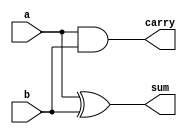
//////////////////////////////////////////////////////////////////////////////////
//Designer: Shreyansh Promud Jain
// Design Name:Half Adder 
// Module Name:half_adder
// Project Name: Half_Adder
// Description: Designing a simple 2 bit adder known as Half Adder
//////////////////////////////////////////////////////////////////////////////////

module half_adder(a,b,sum,carry);
input a,b;
output reg sum,carry;

always @(*) begin
	sum=a^b; 
	carry=a&b;
end

endmodule